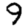
Digit: 9